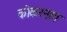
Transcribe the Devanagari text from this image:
कोकरनाग